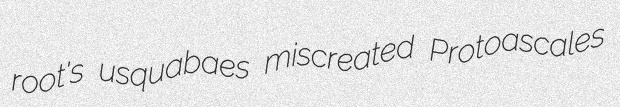
root's usquabaes miscreated Protoascales